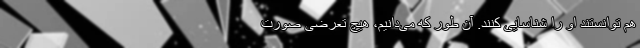
هم توانستند او را شناسایی کنند. آن طور که می‌دانیم، هیچ تعرضی صورت